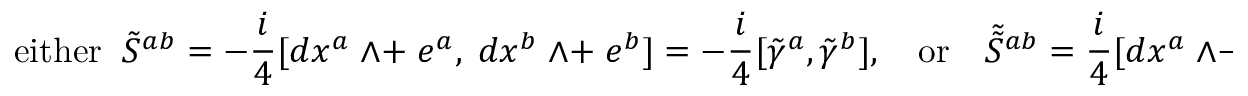
\mathrm { e i t h e r } \; \; \tilde { { \cal S } } ^ { a b } = - \frac { i } { 4 } [ d x ^ { a } \; \wedge + \; e ^ { a } , \; d x ^ { b } \; \wedge + \; e ^ { b } ] = - \frac { i } { 4 } [ \tilde { \gamma } ^ { a } , \tilde { \gamma } ^ { b } ] , \quad \mathrm { o r } \quad \tilde { \tilde { \cal S } } { } ^ { a b } = \frac { i } { 4 } [ d x ^ { a } \; \wedge - \; e ^ { a } , \; d x ^ { b } \; \wedge - \; e ^ { b } ] .